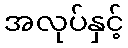
အလုပ်နှင့်